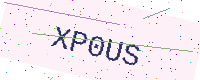
Text: XP0US